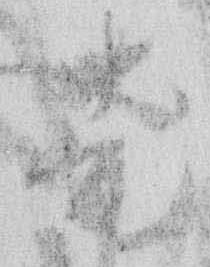
老